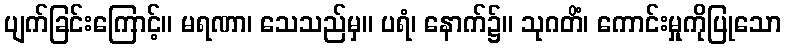
ပျက်ခြင်းကြောင့်။ မရဏာ၊ သေသည်မှ။ ပရံ၊ နောက်၌။ သုဂတိံ၊ ကောင်းမှုကိုပြုသော